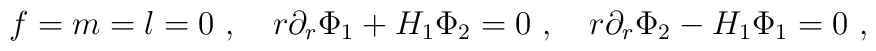
f=m=l=0 \ , \ \ \   r \partial_r \Phi_1 + H_1 \Phi_2 =0 \ , \ \ \ r \partial_r \Phi_2 - H_1 \Phi_1 =0 \ ,  \nonumber